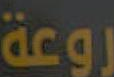
روعة